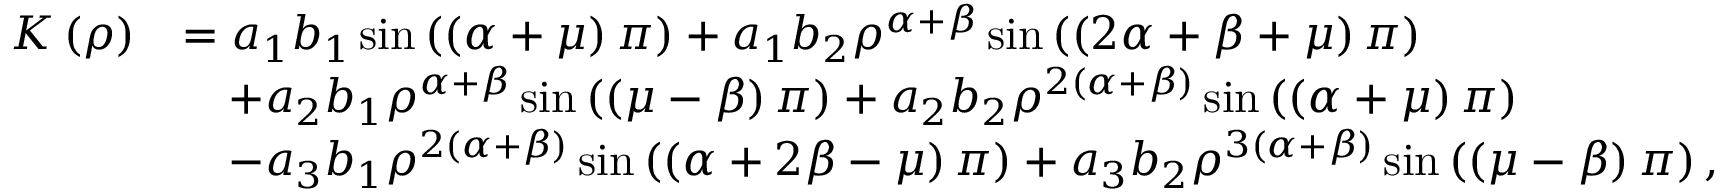
\begin{array} { r l } { K \left( \rho \right) } & { = a _ { 1 } b _ { 1 } \sin \left( \left( \alpha + \mu \right) \pi \right) + a _ { 1 } b _ { 2 } \rho ^ { \alpha + \beta } \sin \left( \left( 2 \alpha + \beta + \mu \right) \pi \right) } \\ & { \quad + a _ { 2 } b _ { 1 } \rho ^ { \alpha + \beta } \sin \left( \left( \mu - \beta \right) \pi \right) + a _ { 2 } b _ { 2 } \rho ^ { 2 \left( \alpha + \beta \right) } \sin \left( \left( \alpha + \mu \right) \pi \right) } \\ & { \quad - a _ { 3 } b _ { 1 } \rho ^ { 2 \left( \alpha + \beta \right) } \sin \left( \left( \alpha + 2 \beta - \mu \right) \pi \right) + a _ { 3 } b _ { 2 } \rho ^ { 3 \left( \alpha + \beta \right) } \sin \left( \left( \mu - \beta \right) \pi \right) , } \end{array}